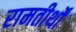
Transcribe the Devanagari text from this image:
रामतीर्थों